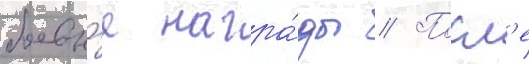
боевы́е награ́ды // Посл'е